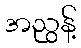
အညွန့်